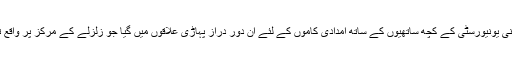
میں اپنی یونیورسٹی کے کچھ ساتھیوں کے ساتھ امدادی کاموں کے لئے ان دور دراز پہاڑی علاقوں میں گیا جو زلزلے کے مرکز پر واقع تھے ۔